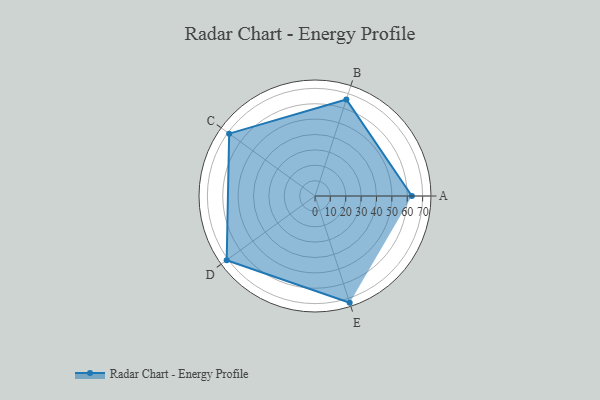
{"axis": {"x": "Skill", "y": "Score"}, "legend": ["Profile"], "data": [{"x": "A", "y": 63.0, "type": "Profile"}, {"x": "B", "y": 66.0, "type": "Profile"}, {"x": "C", "y": 69.0, "type": "Profile"}, {"x": "D", "y": 71.0, "type": "Profile"}, {"x": "E", "y": 73.0, "type": "Profile"}]}